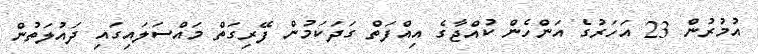
އުމުރުން 23 އަހަރުގެ އަންހެން ކުއްޖާގެ އިއްފަތް ގަދަކަމުން ފޭރިގަތް މައްސަލައިގައި ދައުލަތުން